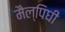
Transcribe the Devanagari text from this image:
मैल्पिघी